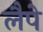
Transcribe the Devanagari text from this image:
लैपे